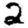
Digit: 2